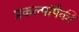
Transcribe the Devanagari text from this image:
प्रकल्पांपैकी